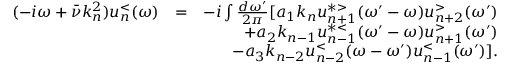
\begin{array} { r l r } { ( - i \omega + \bar { \nu } k _ { n } ^ { 2 } ) u _ { n } ^ { < } ( \omega ) } & { = } & { - i \int \frac { d \omega ^ { \prime } } { 2 \pi } [ a _ { 1 } k _ { n } u _ { n + 1 } ^ { * > } ( \omega ^ { \prime } - \omega ) u _ { n + 2 } ^ { > } ( \omega ^ { \prime } ) } \\ & { } & { + a _ { 2 } k _ { n - 1 } u _ { n - 1 } ^ { * < } ( \omega ^ { \prime } - \omega ) u _ { n + 1 } ^ { > } ( \omega ^ { \prime } ) } \\ & { } & { - a _ { 3 } k _ { n - 2 } u _ { n - 2 } ^ { < } ( \omega - \omega ^ { \prime } ) u _ { n - 1 } ^ { < } ( \omega ^ { \prime } ) ] . } \end{array}